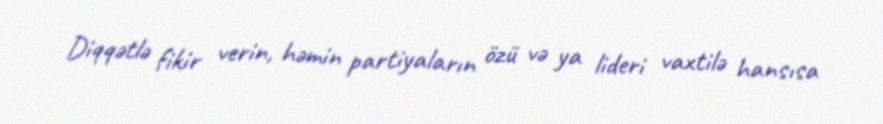
Diqqətlə fikir verin, həmin partiyaların özü və ya lideri vaxtilə hansısa